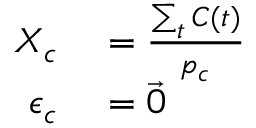
\begin{array} { r l } { X _ { c } } & { { } = \frac { \sum _ { t } C ( t ) } { p _ { c } } } \\ { \epsilon _ { c } } & { { } = \vec { 0 } } \end{array}